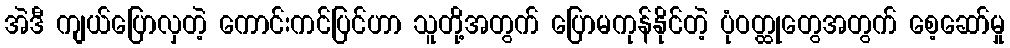
အဲဒီ ကျယ်ပြောလှတဲ့ ကောင်းကင်ပြင်ဟာ သူတို့အတွက် ပြောမကုန်နိုင်တဲ့ ပုံဝတ္ထုတွေအတွက် စေ့ဆော်မှု